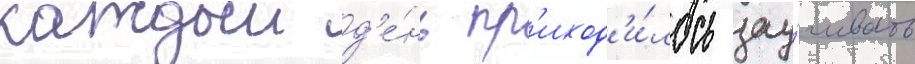
каждыи д'е́нь пр'иход'и́лось зау́чивать